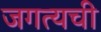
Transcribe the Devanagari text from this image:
जगत्यची